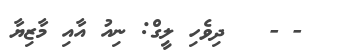
- -   ދިވެހި ލީގް: ނިއު އާއި މާޒިޔާ